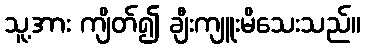
သူ့အား ကျိတ်၍ ချီးကျူးမိသေးသည်။